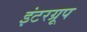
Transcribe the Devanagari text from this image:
इंटरग्रूप